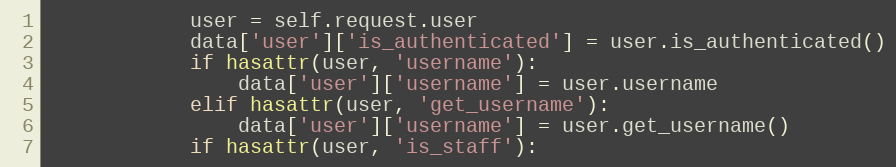
Language: Python
            user = self.request.user
            data['user']['is_authenticated'] = user.is_authenticated()
            if hasattr(user, 'username'):
                data['user']['username'] = user.username
            elif hasattr(user, 'get_username'):
                data['user']['username'] = user.get_username()
            if hasattr(user, 'is_staff'):